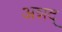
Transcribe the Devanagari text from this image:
अन्नद्